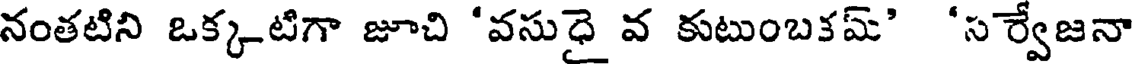
నంతటిని ఒక్కటిగా జూచి 'వసుధై వ కుటుంబకమ్' 'స ర్వేజనా